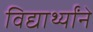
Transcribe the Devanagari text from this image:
विद्यार्थ्यांने